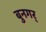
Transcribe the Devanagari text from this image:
बुनगर्